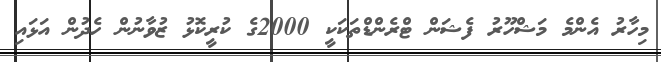
މިހާރު އެންމެ މަޝްހޫރު ފެޝަން ޓްރެންޑްތަކަކީ 2000ގެ ކުރީކޮޅު ޒުވާނުން ހެދުން އަޅައި